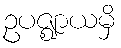
ဥပဇ္ဈာယမှိ